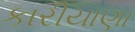
કારીયાણા